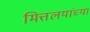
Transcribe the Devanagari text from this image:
मित्तलयांच्या